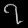
Digit: ၇